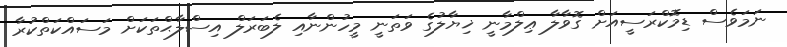
ނަމަވެސް ޑިމޮކްރަސީއަށް ގޮވާލާ ޢިލްމާނީ ޚިޔާލުގެ ވަތަނީ މީހުންނާއި ލެބަރަލް އިސްލާޙްތަކަށް މަސައްކަތްކުރާ